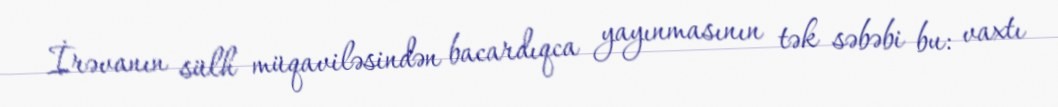
İrəvanın sülh müqaviləsindən bacardıqca yayınmasının tək səbəbi bu: vaxtı